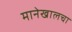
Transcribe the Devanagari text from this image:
मानेखालचा